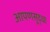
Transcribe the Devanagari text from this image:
आपणसुद्धा